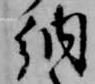
納